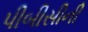
પીબીસીની